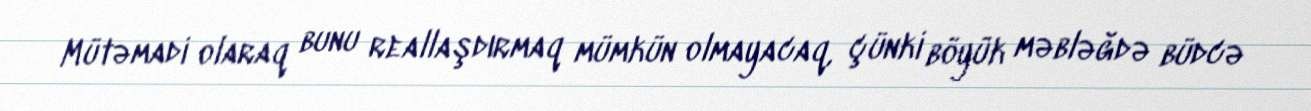
Mütəmadi olaraq bunu reallaşdırmaq mümkün olmayacaq, çünki böyük məbləğdə büdcə